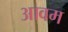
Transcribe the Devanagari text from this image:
आवम